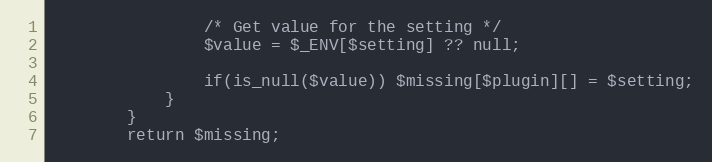
Language: PHP
                /* Get value for the setting */
                $value = $_ENV[$setting] ?? null;

                if(is_null($value)) $missing[$plugin][] = $setting;
            }
        }
        return $missing;